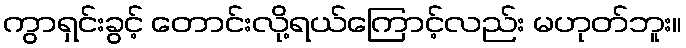
ကွာရှင်းခွင့် တောင်းလို့ရယ်ကြောင့်လည်း မဟုတ်ဘူး။